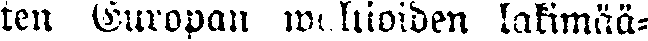
ten Europan waltioiden lakimää-